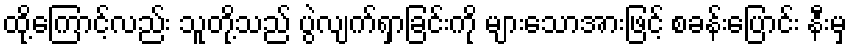
ထို့ကြောင့်လည်း သူတို့သည် ပွဲလျက်ရှာခြင်းကို များသောအားဖြင့် စခန်းပြောင်း နီးမှ